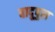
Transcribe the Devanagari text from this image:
बादूपुरा